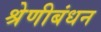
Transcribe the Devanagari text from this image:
श्रेणीबंधन